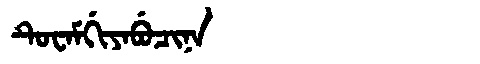
Manchu: ᡨᡠᠸᠠᠮᡤᡳᠶᠠᠪᡠᠴᡳᠨᠠ
Romanization: TUWAMGIYABUCINA